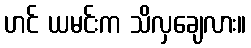
ဟင် ယမင်းက သိလှချေလား။